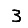
Digit: 3